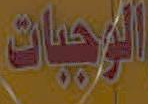
الوجبات